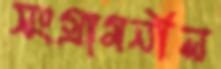
সংগ্রামনীল